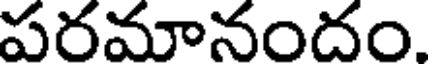
పరమానందం.